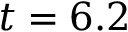
t = 6 . 2